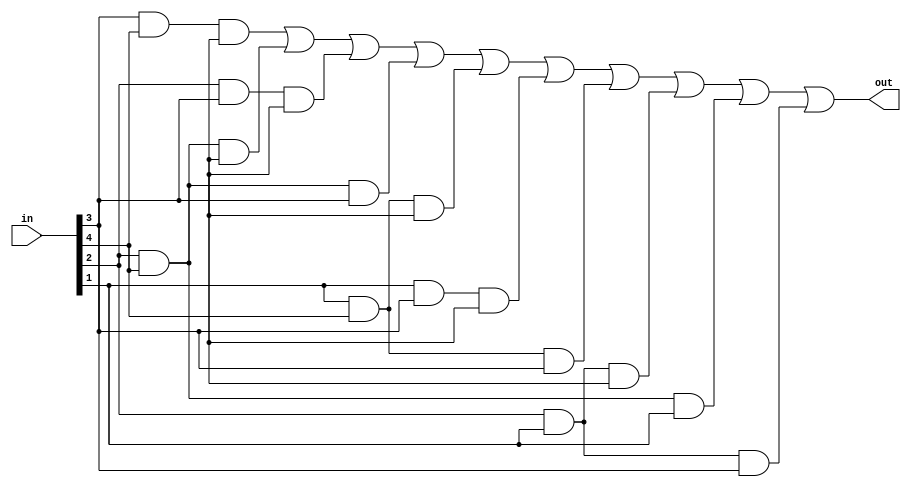
`timescale 1ns / 1ps
//////////////////////////////////////////////////////////////////////////////////
// Company: 
// Engineer: 
// 
// Design Name: 
// Module Name: bit5_majority_circuit
// Project Name: 
// Target Devices: 
// Tool Versions: 
// Description: 
// 
// Dependencies: 
// 
// Revision:
// Revision 0.01 - File Created
// Additional Comments:
// 
//////////////////////////////////////////////////////////////////////////////////


module bit5_majority_circuit(
    input [4:0] in,
    output out
    );
    wire [9:0]w;
    //gate instance
    and and1(w[0],in[3],in[4],in[5]);
    and and2(w[1],in[2],in[4],in[5]);
    and and3(w[2],in[2],in[3],in[5]);
    and and4(w[3],in[2],in[4],in[3]);
    and and5(w[4],in[1],in[4],in[5]);
    and and6(w[5],in[1],in[3],in[5]);
    and and7(w[6],in[1],in[4],in[3]);
    and and8(w[7],in[2],in[1],in[5]);
    and and9(w[8],in[2],in[4],in[1]);
    and and10(w[9],in[2],in[1],in[3]);

    or or1(out,w[0],w[1],w[2],w[3],w[4],w[5],w[6],w[7],w[8],w[9]);

endmodule